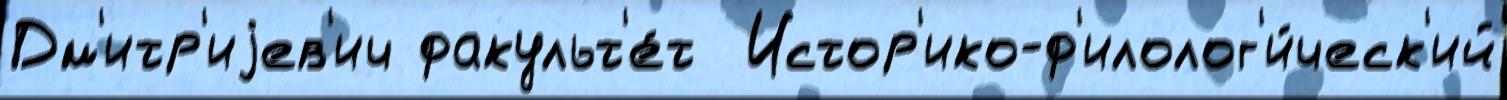
Дм'итр'иjев'ич факульт'е́т  Истор'ико-ф'илолог'и́ческ'ий